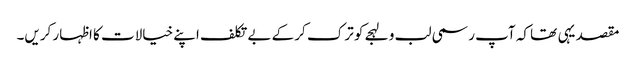
مقصد یہی تھا کہ آپ رسمی لب و لہجے کو ترک کر کے بے تکلف اپنے خیالات کا اظہار کریں۔